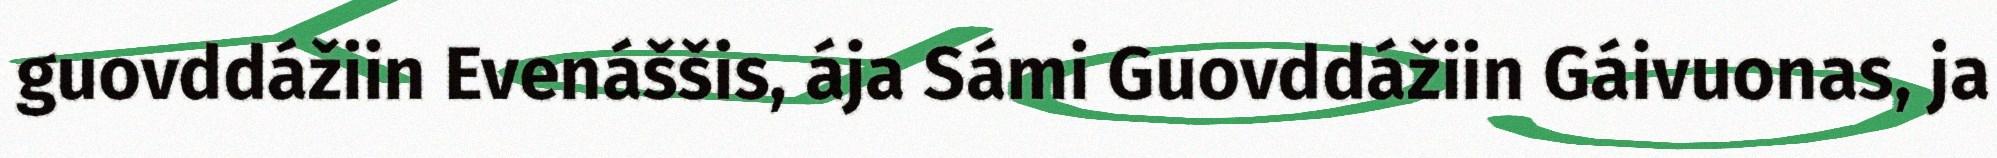
guovddážiin Evenáššis, ája Sámi Guovddážiin Gáivuonas, ja